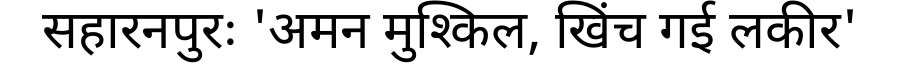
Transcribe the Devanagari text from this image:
सहारनपुरः 'अमन मुश्किल, खिंच गई लकीर'